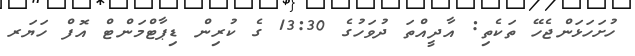
ހުށަހަޅަންޖެހޭ ތަކެތި: އާދީއްތަ ދުވަހުގެ 13:30 ގެ ކުރިން ޑިޕާޓްމަންޓް އޮފް ހަޔަރ